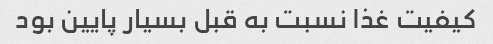
کیفیت غذا نسبت به قبل بسیار پایین بود